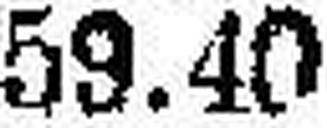
59.40